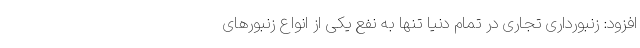
افزود: زنبورداری تجاری در تمام دنیا تنها به نفع یکی از انواع زنبورهای